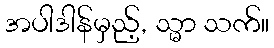
အပါဒါန်မှည့်, သ္မာ သက်။